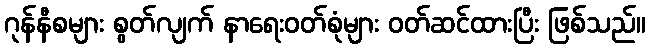
ဂုန်နီစများ စွတ်လျက် နာရေးဝတ်စုံများ ဝတ်ဆင်ထားပြီး ဖြစ်သည်။